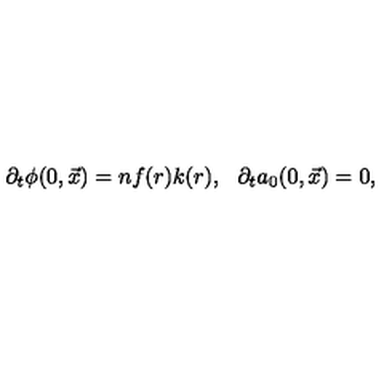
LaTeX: \partial _ { t } \phi ( 0 , \vec { x } ) = n f ( r ) k ( r ) , \: \: \: \partial _ { t } a _ { 0 } ( 0 , \vec { x } ) = 0 ,